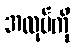
အထုပ်ကို